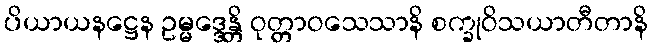
ပိယာယနဋ္ဌေန ဥမ္မဒ္ဒေန္တိ ဝုတ္တာဝသေသာနိ စက္ခုဝိသယာတီတာနိ